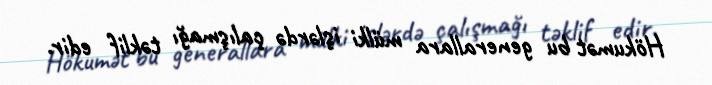
Hökumət bu generallara mülki işlərdə çalışmağı təklif edir.